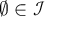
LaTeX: \emptyset \in { \mathcal { I } }